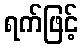
ရက်ဖြင့်